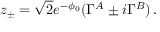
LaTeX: z _ { \pm } = \sqrt { 2 } e ^ { - \phi _ { 0 } } ( \Gamma ^ { A } \pm i \Gamma ^ { B } ) \, .